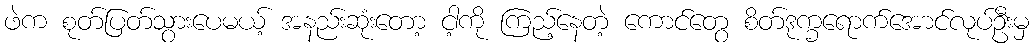
ဖဲက စုတ်ပြတ်သွားပေမယ့် အနည်းဆုံးတော့ ငါ့ကို ကြည့်နေတဲ့ ကောင်တွေ စိတ်ဒုက္ခရောက်အောင်လုပ်ဦးမှ